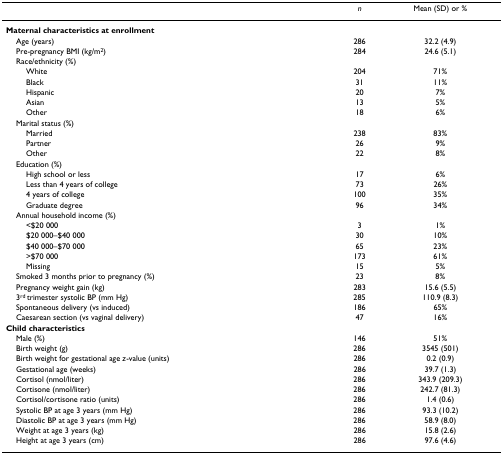
<table><thead><tr><td></td><td><b><i>n</i></b></td><td><b>Mean (SD) or %</b></td></tr></thead><tbody><tr><td><b>Maternal characteristics at enrollment</b></td><td></td><td></td></tr><tr><td> Age (years)</td><td>286</td><td>32.2 (4.9)</td></tr><tr><td> Pre-pregnancy BMI (kg/m<sup>2</sup>)</td><td>284</td><td>24.6 (5.1)</td></tr><tr><td> Race/ethnicity (%)</td><td></td><td></td></tr><tr><td>White</td><td>204</td><td>71%</td></tr><tr><td>Black</td><td>31</td><td>11%</td></tr><tr><td>Hispanic</td><td>20</td><td>7%</td></tr><tr><td>Asian</td><td>13</td><td>5%</td></tr><tr><td>Other</td><td>18</td><td>6%</td></tr><tr><td> Marital status (%)</td><td></td><td></td></tr><tr><td>Married</td><td>238</td><td>83%</td></tr><tr><td>Partner</td><td>26</td><td>9%</td></tr><tr><td>Other</td><td>22</td><td>8%</td></tr><tr><td> Education (%)</td><td></td><td></td></tr><tr><td>High school or less</td><td>17</td><td>6%</td></tr><tr><td>Less than 4 years of college</td><td>73</td><td>26%</td></tr><tr><td>4 years of college</td><td>100</td><td>35%</td></tr><tr><td>Graduate degree</td><td>96</td><td>34%</td></tr><tr><td> Annual household income (%)</td><td></td><td></td></tr><tr><td>&lt;$20 000</td><td>3</td><td>1%</td></tr><tr><td>$20 000–$40 000</td><td>30</td><td>10%</td></tr><tr><td>$40 000–$70 000</td><td>65</td><td>23%</td></tr><tr><td>&gt;$70 000</td><td>173</td><td>61%</td></tr><tr><td>Missing</td><td>15</td><td>5%</td></tr><tr><td> Smoked 3 months prior to pregnancy (%)</td><td>23</td><td>8%</td></tr><tr><td> Pregnancy weight gain (kg)</td><td>283</td><td>15.6 (5.5)</td></tr><tr><td> 3<sup>rd </sup>trimester systolic BP (mm Hg)</td><td>285</td><td>110.9 (8.3)</td></tr><tr><td> Spontaneous delivery (vs induced)</td><td>186</td><td>65%</td></tr><tr><td> Caesarean section (vs vaginal delivery)</td><td>47</td><td>16%</td></tr><tr><td><b>Child characteristics</b></td><td></td><td></td></tr><tr><td> Male (%)</td><td>146</td><td>51%</td></tr><tr><td> Birth weight (g)</td><td>286</td><td>3545 (501)</td></tr><tr><td> Birth weight for gestational age <i>z</i>-value (units)</td><td>286</td><td>0.2 (0.9)</td></tr><tr><td> Gestational age (weeks)</td><td>286</td><td>39.7 (1.3)</td></tr><tr><td> Cortisol (nmol/liter)</td><td>286</td><td>343.9 (209.3)</td></tr><tr><td> Cortisone (nmol/liter)</td><td>286</td><td>242.7 (81.3)</td></tr><tr><td> Cortisol/cortisone ratio (units)</td><td>286</td><td>1.4 (0.6)</td></tr><tr><td> Systolic BP at age 3 years (mm Hg)</td><td>286</td><td>93.3 (10.2)</td></tr><tr><td> Diastolic BP at age 3 years (mm Hg)</td><td>286</td><td>58.9 (8.0)</td></tr><tr><td> Weight at age 3 years (kg)</td><td>286</td><td>15.8 (2.6)</td></tr><tr><td> Height at age 3 years (cm)</td><td>286</td><td>97.6 (4.6)</td></tr></tbody></table>